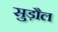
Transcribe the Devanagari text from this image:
सुड़ौल